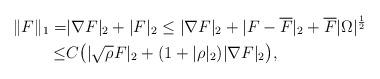
LaTeX: \begin{align*}\|F\|_1=&|\nabla F|_2+|F|_2\leq |\nabla F|_2+|F-\overline{F}|_2+\overline{F}|\Omega|^{\frac{1}{2}} \\\leq & C\big( |\sqrt{\rho} F|_{2} +(1+|\rho|_2) |\nabla F|_{2} \big),\end{align*}